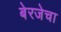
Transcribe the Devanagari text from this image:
बेरजेचा